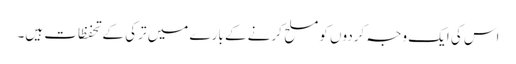
اس کی ایک وجہ کردوں کو مسلح کرنے کے بارے میں ترکی کے تحفظات ہیں۔